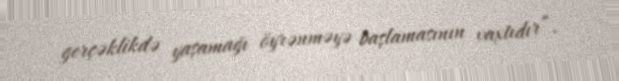
gerçəklikdə yaşamağı öyrənməyə başlamasının vaxtıdır”.